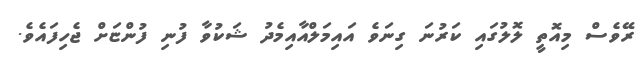
ރޭވެސް މިއޮތީ ލޮލުގައި ކަރުނަ ގިނަވެ އައިމަލްއާއިމެދު ޝަކުވާ ފުނި ފުންޏަށް ޖެހިފައެވެ.